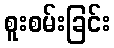
စူးစမ်းခြင်း